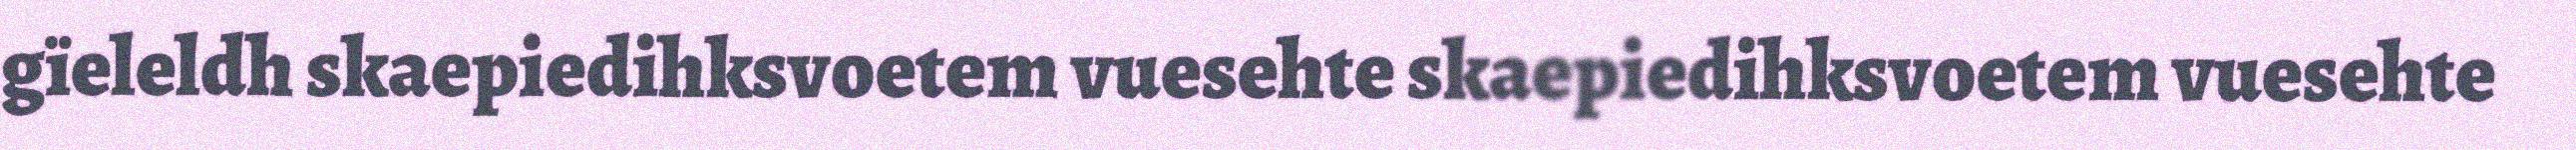
gïeleldh skaepiedihksvoetem vuesehte skaepiedihksvoetem vuesehte